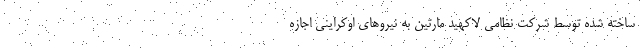
ساخته شده توسط شرکت نظامی لاکهید مارتین به نیروهای اوکراینی اجازه